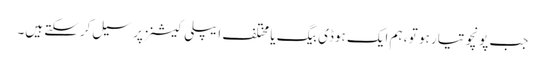
جب پونچو تیار ہو تو ، ہم ایک ہوڈی بیگ یا مختلف ایپلی کیشنز پر سیل کرسکتے ہیں۔